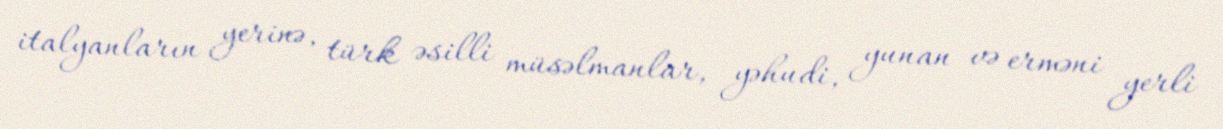
italyanların yerinə, türk əsilli müsəlmanlar, yəhudi, yunan və erməni yerli